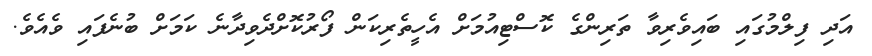
އަދި ފިލްމުގައި ބައިވެރިވާ ތަރިންގެ ކޮސްޓިއުމަށް އެހީތެރިކަން ފޯރުކޮށްދެވިދާނެ ކަމަށް ބުނެފައި ވެއެވެ.